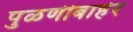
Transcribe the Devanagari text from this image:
पुळणीबाहेर